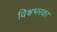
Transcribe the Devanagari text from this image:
विश्वभरका